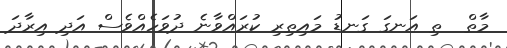
މާތް  ތި އަނގަ ގަނޑު މައިތިރި ކުރައްވާނެ ދުވަހެއްވެސް އަދި އިރާދަ